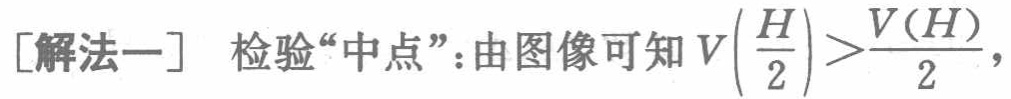
[解法一] 检验“中点”:由图像可知 \(V\left(\frac{H}{2}\right)>\frac{V(H)}{2}\)，